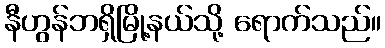
နီဟွန်ဘရှိမြို့နယ်သို့ ရောက်သည်။